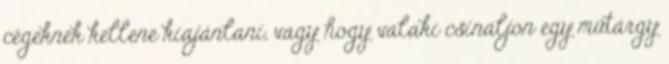
cégeknek kellene kiajánlani, vagy hogy valaki csináljon egy műtárgy